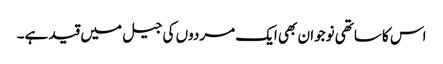
اس کا ساتھی نوجوان بھی ایک مردوں کی جیل میں قید ہے۔